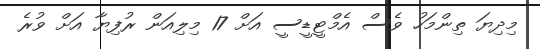
މިދިޔަ ތިންމަހު ވެސް އެމްޓީޑީސީ އަށް 17 މިލިއަން ރުފިޔާ އަށް ވުރެ